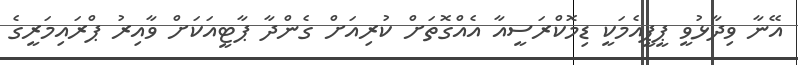
އޭނާ ވިދާޅުވީ ޕީޕީއެމަކީ ޑިމޮކްރަސީއާ އެއްގޮތަށް ކުރިއަށް ގެންދާ ޕާޓީއަކަށް ވާއިރު ޕްރައިމަރީގެ